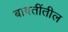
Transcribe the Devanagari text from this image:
बाबतींतील